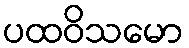
ပထဝိသမော